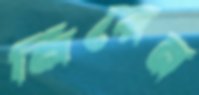
নিরেন